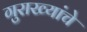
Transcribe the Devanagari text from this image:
गुराख्यांचे